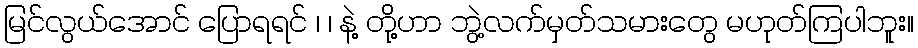
မြင်လွယ်အောင် ပြောရရင် ၊ ၊ နဲ့ တို့ဟာ ဘွဲ့လက်မှတ်သမားတွေ မဟုတ်ကြပါဘူး။